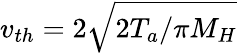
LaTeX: v_{th}=2\sqrt{2T_{a}/\pi M_{H}}